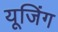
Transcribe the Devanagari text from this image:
यूजिंग